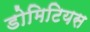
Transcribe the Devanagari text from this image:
डोमिटियस